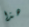
هذا